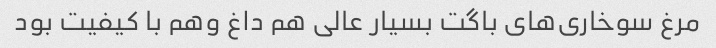
مرغ سوخاری‌های باگت بسیار عالی هم داغ وهم با کیفیت بود